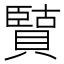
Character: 𫎡